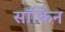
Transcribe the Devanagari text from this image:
सॉर्किन